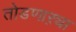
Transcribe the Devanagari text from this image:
तोडणाऱ्या